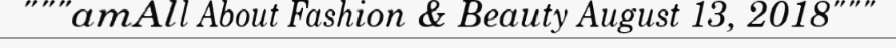
"""amAll About Fashion & Beauty August 13, 2018"""